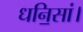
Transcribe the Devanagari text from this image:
धनि॒सां।